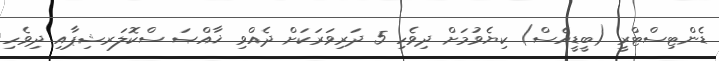
ޑެންޓިސްޓްރީ (ބީޑީއެސް) ކިޔެވުމަށް ދިވެހި 5 ދަރިވަރަކަށް ދެއްވި ޚާއްޞަ ސްކޮލަރޝިޕާއި ދިވެހި